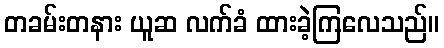
တခမ်းတနား ယူဆ လက်ခံ ထားခဲ့ကြလေသည်။